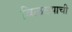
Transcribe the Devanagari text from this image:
विळख्याची